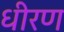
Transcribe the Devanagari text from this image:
धीरण